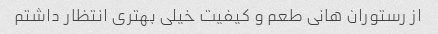
از رستوران هانی طعم و کیفیت خیلی بهتری انتظار داشتم